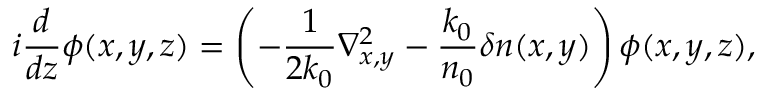
i \frac { d } { d z } \phi ( x , y , z ) = \left( - \frac { 1 } { 2 k _ { 0 } } \nabla _ { x , y } ^ { 2 } - \frac { k _ { 0 } } { n _ { 0 } } \delta n ( x , y ) \right) \phi ( x , y , z ) ,